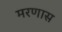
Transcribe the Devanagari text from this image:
मरणास